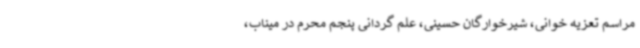
مراسم تعزیه خوانی، شیرخوارگان حسینی، علم گردانی پنجم محرم در میناب،